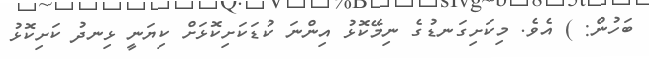
ބަހުން: ) އެވެ. މިކަށިގަނޑުގެ ނިމޭކޮޅު އިންނަ ކުޑަކަށިކޮޅަށް ކިޔަނީ ޅިނދު ކަށިކޮޅު